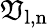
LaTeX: \mathfrak{V}_{\mathrm{{l,n}}}